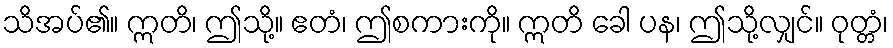
သိအပ်၏။ ဣတိ၊ ဤသို့။ ဧတံ၊ ဤစကားကို။ ဣတိ ခေါ ပန၊ ဤသို့လျှင်။ ဝုတ္တံ၊